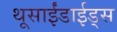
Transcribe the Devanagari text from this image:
थूसाईंडाईड्स